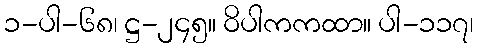
၁-ပါ-၆၈၊ ဋ္ဌ-၂၄၅။ ဝိပါကကထာ။ ပါ-၁၁၇၊